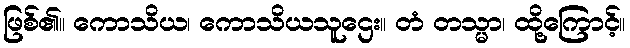
ဖြစ်၏။ ကောသိယ၊ ကောသိယသူဌေး။ တံ တသ္မာ၊ ထို့ကြောင့်။